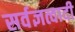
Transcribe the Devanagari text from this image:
सर्वज्ञत्वादी